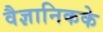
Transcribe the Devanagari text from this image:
वैज्ञानिकके